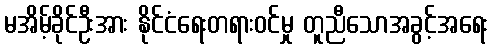
မအိမ့်ခိုင်ဦးအား နိုင်ငံရေးတရားဝင်မှု တူညီသောအခွင့်အရေး